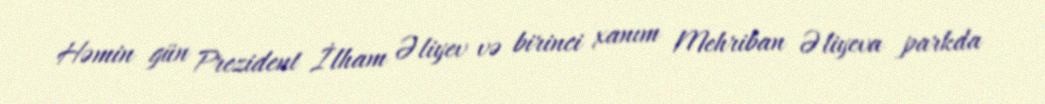
Həmin gün Prezident İlham Əliyev və birinci xanım Mehriban Əliyeva parkda